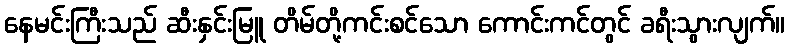
နေမင်းကြီးသည် ဆီးနှင်းမြူ တိမ်တို့ကင်းစင်သော ကောင်းကင်တွင် ခရီးသွားလျက်။